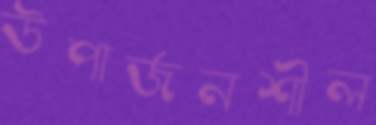
উপার্জনশীল